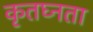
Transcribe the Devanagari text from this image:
कृतघ्नता